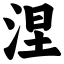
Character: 涅